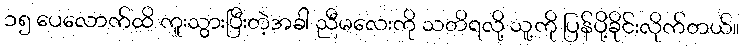
၁၅ ပေလောက်ထိ ကူးသွားပြီးတဲ့အခါ ညီမလေးကို သတိရလို့ သူ့ကို ပြန်ပို့ခိုင်းလိုက်တယ်။